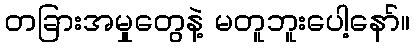
တခြားအမှုတွေနဲ့ မတူဘူးပေါ့နော်။